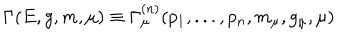
\Gamma ( E , g , m , \mu ) \equiv \Gamma _ { \mu } ^ { ( n ) } ( p _ { 1 } , . . . , p _ { n } , m _ { \mu } , g _ { \mu } , \mu )